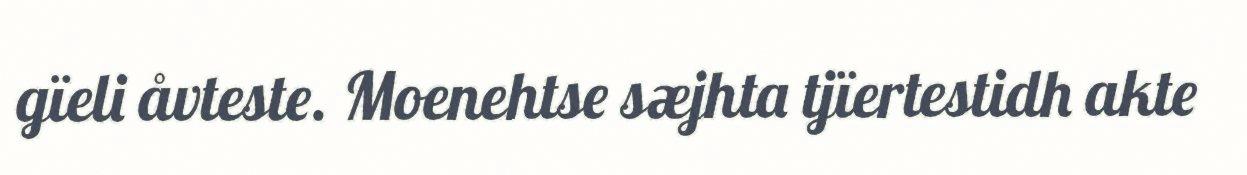
gïeli åvteste. Moenehtse sæjhta tjïertestidh akte